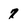
Character: 7